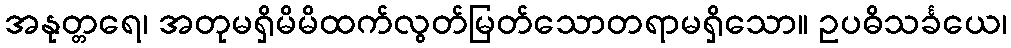
အနုတ္တရေ၊ အတုမရှိမိမိထက်လွတ်မြတ်သောတရာမရှိသော။ ဥပဓိသင်္ခယေ၊